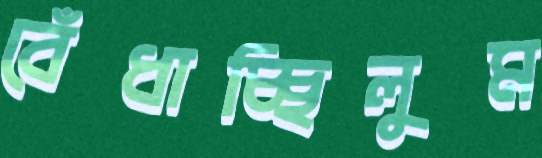
বেঁধাচ্ছিলুম